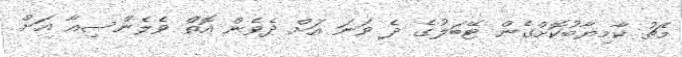
މެޗު ކާމިޔާބުކޮށްގެން ޓޭބަލުގެ ދެ ވަނަ އަށް ދެވެން އޮތް ވެލެންސިއާ އަށް